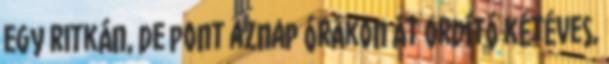
egy ritkán, de pont aznap órákon át ordító kétéves,